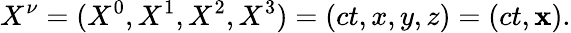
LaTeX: X^{\nu}=(X^{0},X^{1},X^{2},X^{3})=(ct,x,y,z)=(ct,\mathbf{x}).